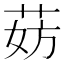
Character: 𬜹